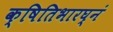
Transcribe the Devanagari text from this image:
क्षितिभारघ्नं